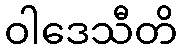
ဝါဒေသီတိ